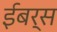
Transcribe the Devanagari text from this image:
ईबर्स